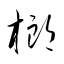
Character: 榔